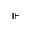
\Vvdash